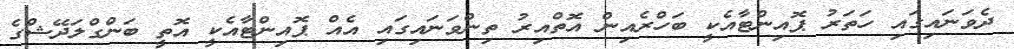
ދެވަނައިގައި ހަތަރު ޕޮއިންޓާއެކީ ބަހްރެއިން އޮތްއިރު ތިންވަނައިގައި އެއް ޕޮއިންޓާއެކީ އޮތީ ބަންގްލަދޭޝްގެ